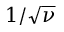
1 / \sqrt \nu